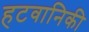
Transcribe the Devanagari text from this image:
हटवानिकी